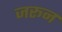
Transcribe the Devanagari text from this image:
जरून